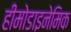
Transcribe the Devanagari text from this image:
हीमोडाइनेमिक